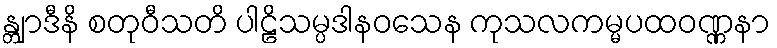
န္တျာဒီနိ စတုဝီသတိ ပါဠိသမ္ပဒါနဝသေန ကုသလကမ္မပထဝဏ္ဏနာ